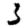
Digit: 3